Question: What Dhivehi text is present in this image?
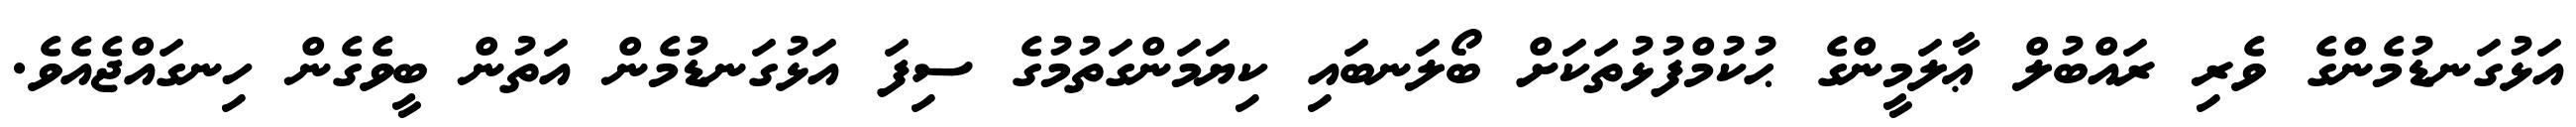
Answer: އަޅުގަނޑުމެންގެ ވެރި ރައްބުލް ޢާލަމީންގެ ޙުކުމްފުޅުތަކަށް ބޯލަނބައި ކިޔަމަންގަތުމުގެ ސިފަ އަޅުގަނޑުމެން އަތުން ބީވެގެން ހިނގައްޖެއެވެ.